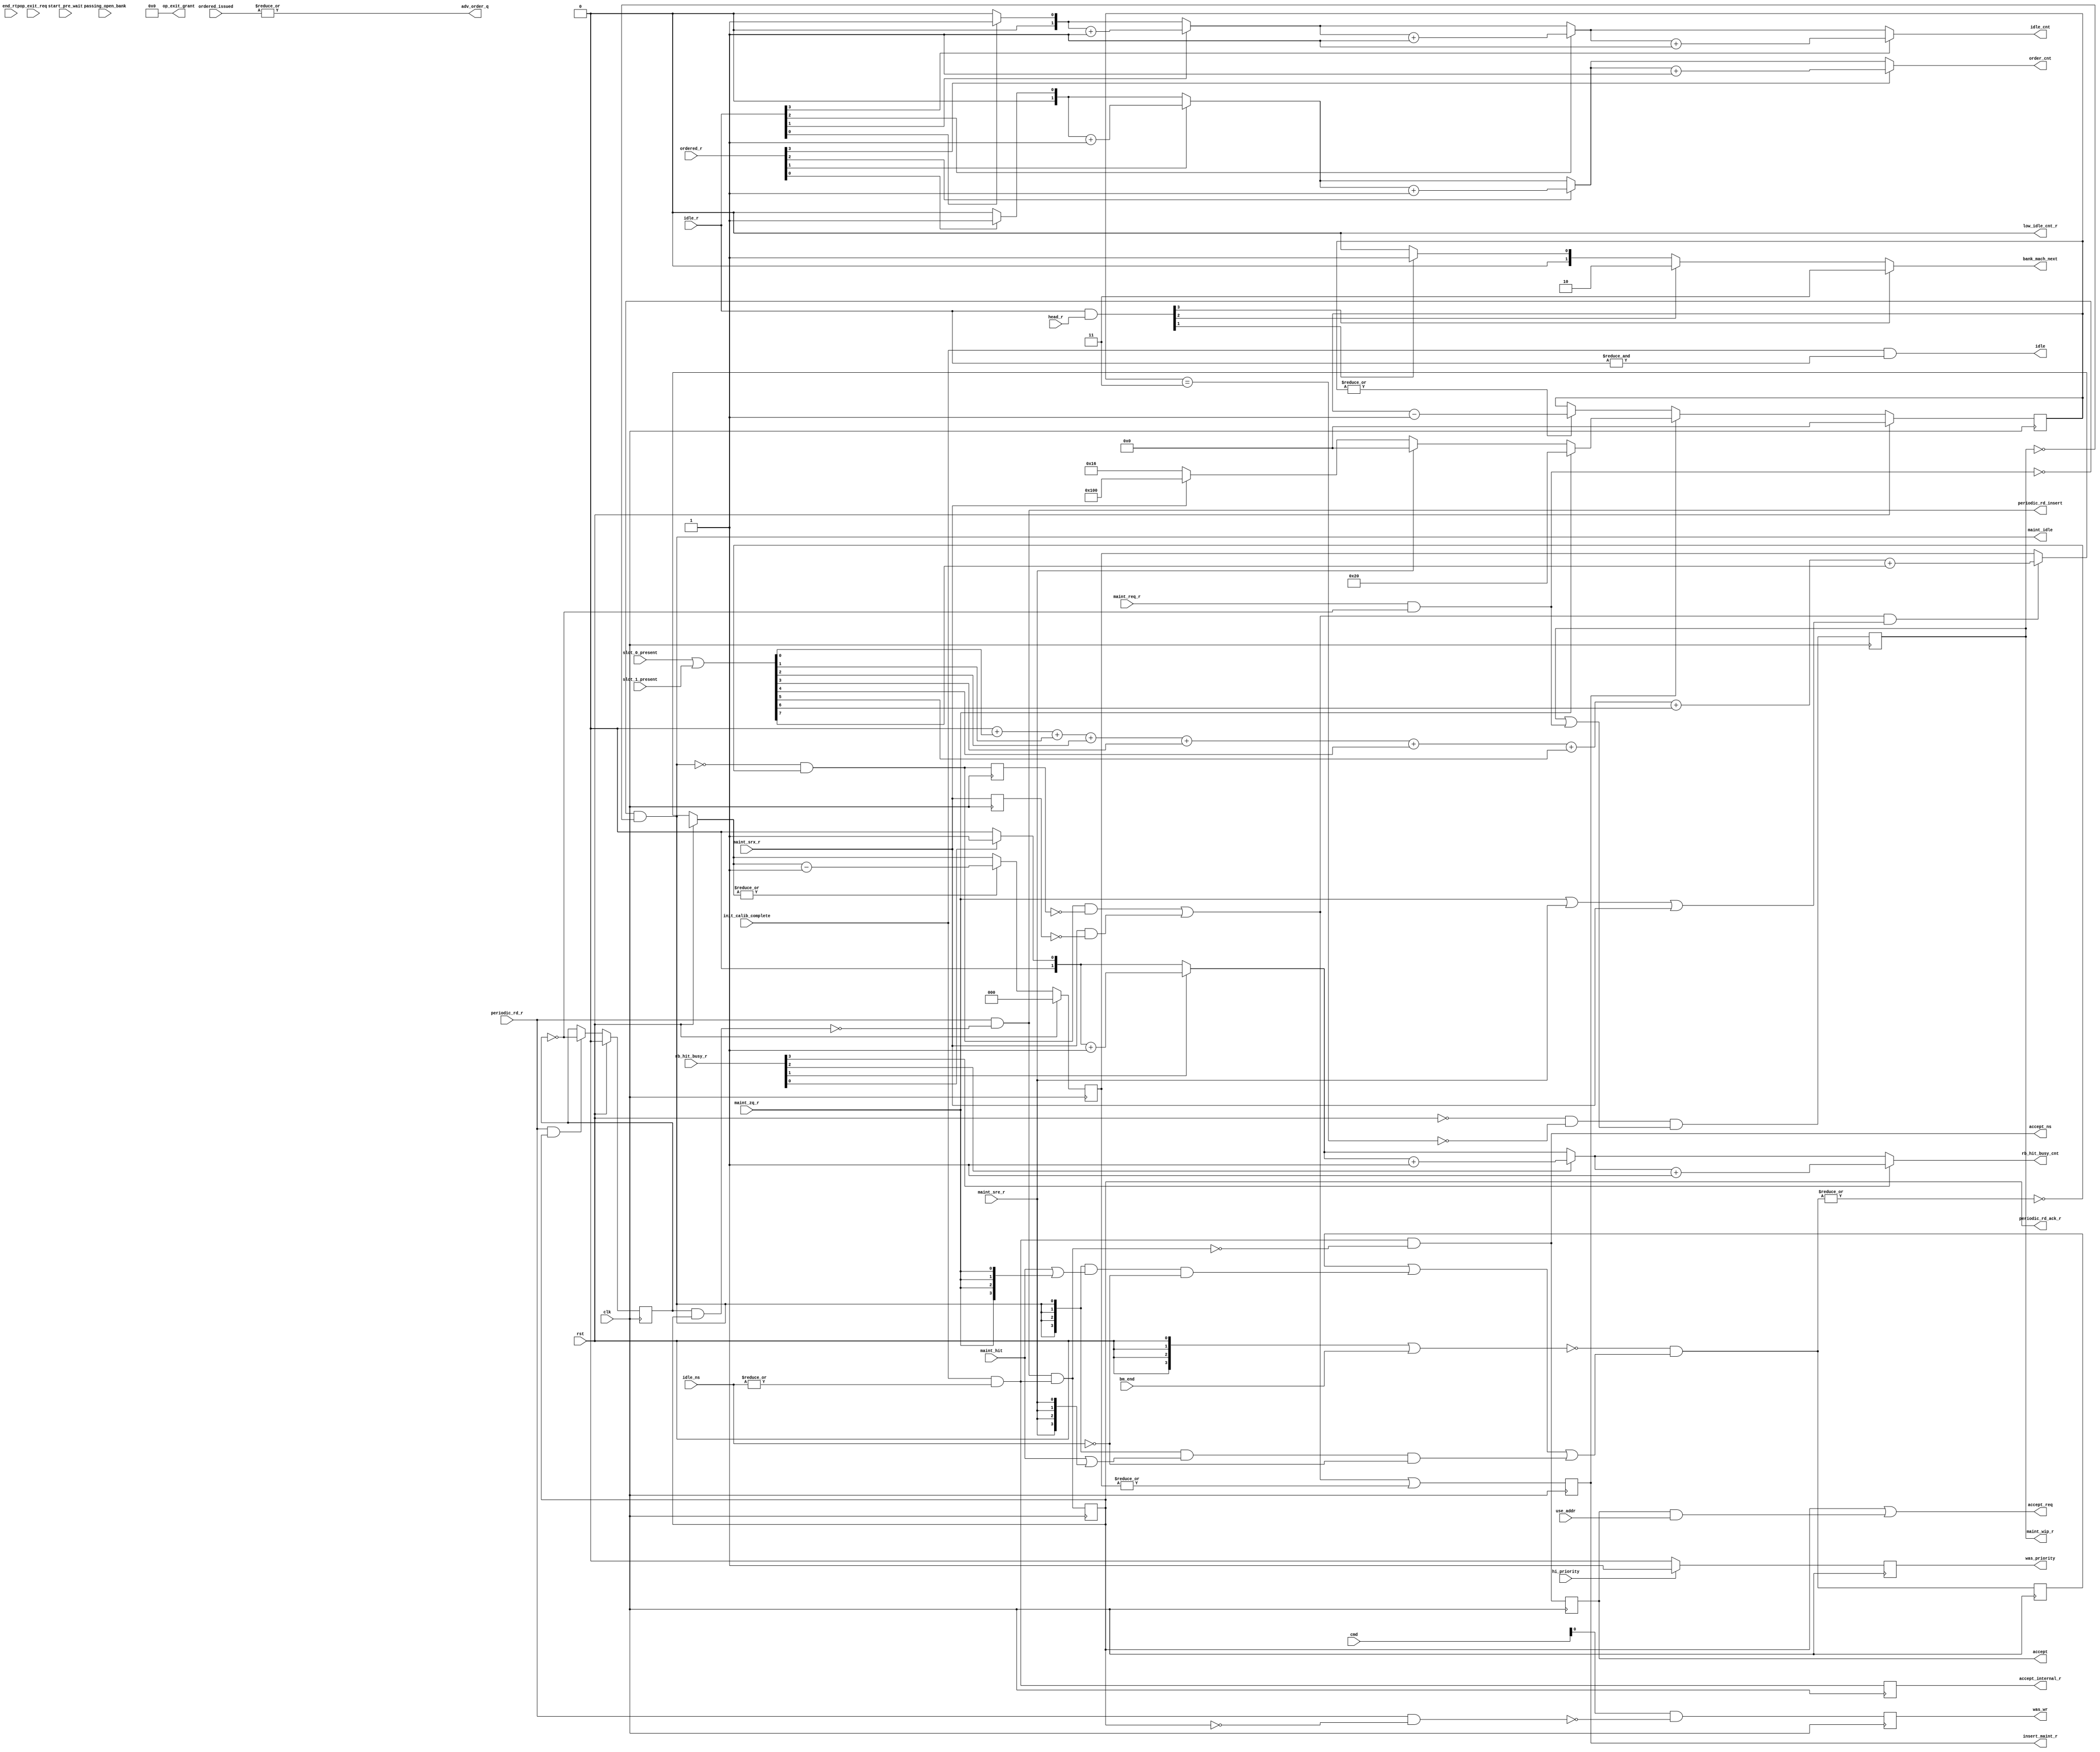
module mig_7series_v4_2_bank_common #
  (
   parameter TCQ = 100,
   parameter BM_CNT_WIDTH             = 2,
   parameter LOW_IDLE_CNT             = 1,
   parameter nBANK_MACHS              = 4,
   parameter nCK_PER_CLK              = 2,
   parameter nOP_WAIT                 = 0,
   parameter nRFC                     = 44,
   parameter nXSDLL                   = 512,
   parameter RANK_WIDTH               = 2,
   parameter RANKS                    = 4,
   parameter CWL                      = 5,
   parameter tZQCS                    = 64
  )
  (/*AUTOARG*/
  // Outputs
  accept_internal_r, accept_ns, accept, periodic_rd_insert,
  periodic_rd_ack_r, accept_req, rb_hit_busy_cnt, idle, idle_cnt, order_cnt,
  adv_order_q, bank_mach_next, op_exit_grant, low_idle_cnt_r, was_wr,
  was_priority, maint_wip_r, maint_idle, insert_maint_r,
  // Inputs
  clk, rst, idle_ns, init_calib_complete, periodic_rd_r, use_addr,
  rb_hit_busy_r, idle_r, ordered_r, ordered_issued, head_r, end_rtp,
  passing_open_bank, op_exit_req, start_pre_wait, cmd, hi_priority, maint_req_r,
  maint_zq_r, maint_sre_r, maint_srx_r, maint_hit, bm_end,
  slot_0_present, slot_1_present
  );

  function integer clogb2 (input integer size); // ceiling logb2
    begin
      size = size - 1;
      for (clogb2=1; size>1; clogb2=clogb2+1)
            size = size >> 1;
    end
  endfunction // clogb2

  localparam ZERO = 0;
  localparam ONE = 1;
  localparam [BM_CNT_WIDTH-1:0] BM_CNT_ZERO = ZERO[0+:BM_CNT_WIDTH];
  localparam [BM_CNT_WIDTH-1:0] BM_CNT_ONE = ONE[0+:BM_CNT_WIDTH];

  input clk;
  input rst;

  input [nBANK_MACHS-1:0] idle_ns;
  input init_calib_complete;
  wire accept_internal_ns = init_calib_complete && |idle_ns;
  output reg accept_internal_r;
  always @(posedge clk) accept_internal_r <= accept_internal_ns;
  wire periodic_rd_ack_ns;
  wire accept_ns_lcl = accept_internal_ns && ~periodic_rd_ack_ns;
  output wire accept_ns;
  assign accept_ns = accept_ns_lcl;
  reg accept_r;
  always @(posedge clk) accept_r <= #TCQ accept_ns_lcl;

// Wire to user interface informing user that the request has been accepted.
  output wire accept;
  assign accept = accept_r;

`ifdef MC_SVA
  property none_idle;
    @(posedge clk) (init_calib_complete && ~|idle_r);
  endproperty

  all_bank_machines_busy: cover property (none_idle);
`endif

// periodic_rd_insert tells everyone to mux in the periodic read.
  input periodic_rd_r;
  reg periodic_rd_ack_r_lcl;
  reg periodic_rd_cntr_r ;
  always @(posedge clk) begin
    if (rst) periodic_rd_cntr_r <= #TCQ 1'b0;
    else if (periodic_rd_r && periodic_rd_ack_r_lcl)
       periodic_rd_cntr_r <= #TCQ ~periodic_rd_cntr_r;
  end

  wire internal_periodic_rd_ack_r_lcl = (periodic_rd_cntr_r && periodic_rd_ack_r_lcl);

  // wire periodic_rd_insert_lcl = periodic_rd_r && ~periodic_rd_ack_r_lcl;
  wire periodic_rd_insert_lcl = periodic_rd_r && ~internal_periodic_rd_ack_r_lcl;
  output wire periodic_rd_insert;
  assign periodic_rd_insert = periodic_rd_insert_lcl;

// periodic_rd_ack_r acknowledges that the read has been accepted
// into the queue.
  assign periodic_rd_ack_ns = periodic_rd_insert_lcl && accept_internal_ns;
  always @(posedge clk) periodic_rd_ack_r_lcl <= #TCQ periodic_rd_ack_ns;
  output wire periodic_rd_ack_r;
  assign periodic_rd_ack_r = periodic_rd_ack_r_lcl;

// accept_req tells all q entries that a request has been accepted.
  input use_addr;
  wire accept_req_lcl = periodic_rd_ack_r_lcl || (accept_r && use_addr);
  output wire accept_req;
  assign accept_req = accept_req_lcl;

// Count how many non idle bank machines hit on the rank and bank.
  input [nBANK_MACHS-1:0] rb_hit_busy_r;
  output reg [BM_CNT_WIDTH-1:0] rb_hit_busy_cnt;
  integer i;
  always @(/*AS*/rb_hit_busy_r) begin
    rb_hit_busy_cnt = BM_CNT_ZERO;
    for (i = 0; i < nBANK_MACHS; i = i + 1)
      if (rb_hit_busy_r[i]) rb_hit_busy_cnt = rb_hit_busy_cnt + BM_CNT_ONE;
  end

// Count the number of idle bank machines.
  input [nBANK_MACHS-1:0] idle_r;
  output reg [BM_CNT_WIDTH-1:0] idle_cnt;
  always @(/*AS*/idle_r) begin
    idle_cnt = BM_CNT_ZERO;
    for (i = 0; i < nBANK_MACHS; i = i + 1)
      if (idle_r[i]) idle_cnt = idle_cnt + BM_CNT_ONE;
  end

// Report an overall idle status
  output idle;
  assign idle = init_calib_complete && &idle_r;
  
// Count the number of bank machines in the ordering queue.
  input [nBANK_MACHS-1:0] ordered_r;
  output reg [BM_CNT_WIDTH-1:0] order_cnt;
  always @(/*AS*/ordered_r) begin
    order_cnt = BM_CNT_ZERO;
    for (i = 0; i < nBANK_MACHS; i = i + 1)
      if (ordered_r[i]) order_cnt = order_cnt + BM_CNT_ONE;
  end

  input [nBANK_MACHS-1:0] ordered_issued;
  output wire adv_order_q;
  assign adv_order_q = |ordered_issued;

// Figure out which bank machine is going to accept the next request.
  input [nBANK_MACHS-1:0] head_r;
  wire [nBANK_MACHS-1:0] next = idle_r & head_r;
  output reg[BM_CNT_WIDTH-1:0] bank_mach_next;
  always @(/*AS*/next) begin
     bank_mach_next = BM_CNT_ZERO;
    for (i = 0; i <= nBANK_MACHS-1; i = i + 1)
      if (next[i]) bank_mach_next = i[BM_CNT_WIDTH-1:0];
  end

  input [nBANK_MACHS-1:0] end_rtp;
  input [nBANK_MACHS-1:0] passing_open_bank;
  input [nBANK_MACHS-1:0] op_exit_req;
  output wire [nBANK_MACHS-1:0] op_exit_grant;
  output reg low_idle_cnt_r = 1'b0;
  input [nBANK_MACHS-1:0] start_pre_wait;

  generate
// In support of open page mode, the following logic
// keeps track of how many "idle" bank machines there
// are.  In this case, idle means a bank machine is on
// the idle list, or is in the process of precharging and
// will soon be idle.
    if (nOP_WAIT == 0) begin : op_mode_disabled
      assign op_exit_grant = {nBANK_MACHS{1'b0}};
    end

    else begin : op_mode_enabled
      reg [BM_CNT_WIDTH:0] idle_cnt_r;
      reg [BM_CNT_WIDTH:0] idle_cnt_ns;
      always @(/*AS*/accept_req_lcl or idle_cnt_r or passing_open_bank
               or rst or start_pre_wait)
        if (rst) idle_cnt_ns = nBANK_MACHS;
        else begin
          idle_cnt_ns = idle_cnt_r - accept_req_lcl;
          for (i = 0; i <= nBANK_MACHS-1; i = i + 1) begin
            idle_cnt_ns = idle_cnt_ns + passing_open_bank[i];
          end
          idle_cnt_ns = idle_cnt_ns + |start_pre_wait;
        end
      always @(posedge clk) idle_cnt_r <= #TCQ idle_cnt_ns;
      wire low_idle_cnt_ns = (idle_cnt_ns <= LOW_IDLE_CNT[0+:BM_CNT_WIDTH]);
      always @(posedge clk) low_idle_cnt_r <= #TCQ low_idle_cnt_ns;

// This arbiter determines which bank machine should transition
// from open page wait to precharge.  Ideally, this process
// would take the oldest waiter, but don't have any reasonable
// way to implement that.  Instead, just use simple round robin
// arb with the small enhancement that the most recent bank machine
// to enter open page wait is given lowest priority in the arbiter.

  wire upd_last_master = |end_rtp;  // should be one bit set at most
  mig_7series_v4_2_round_robin_arb #
    (.WIDTH                             (nBANK_MACHS))
    op_arb0
    (.grant_ns                          (op_exit_grant[nBANK_MACHS-1:0]),
     .grant_r                           (),
     .upd_last_master                   (upd_last_master),
     .current_master                    (end_rtp[nBANK_MACHS-1:0]),
     .clk                               (clk),
     .rst                               (rst),
     .req                               (op_exit_req[nBANK_MACHS-1:0]),
     .disable_grant                     (1'b0));

    end
  endgenerate

// Register some command information.  This information will be used
// by the bank machines to figure out if there is something behind it
// in the queue that require hi priority.

  input [2:0] cmd;
  output reg was_wr;
  always @(posedge clk) was_wr <= #TCQ
             cmd[0] && ~(periodic_rd_r && ~periodic_rd_ack_r_lcl);

  input hi_priority;
  output reg was_priority;
  always @(posedge clk) begin
     if (hi_priority)
        was_priority <= #TCQ 1'b1;
     else
        was_priority <= #TCQ 1'b0;
  end


// DRAM maintenance (refresh and ZQ) and self-refresh controller

  input maint_req_r;
  reg maint_wip_r_lcl;
  output wire maint_wip_r;
  assign maint_wip_r = maint_wip_r_lcl;
  wire maint_idle_lcl;
  output wire maint_idle;
  assign maint_idle = maint_idle_lcl;
  input maint_zq_r;
  input maint_sre_r;
  input maint_srx_r;
  input [nBANK_MACHS-1:0] maint_hit;
  input [nBANK_MACHS-1:0] bm_end;
  wire start_maint;
  wire maint_end;

  generate begin : maint_controller

// Idle when not (maintenance work in progress (wip), OR maintenance
// starting tick).
      assign maint_idle_lcl = ~(maint_req_r && ~periodic_rd_cntr_r) && ~maint_wip_r_lcl;

// Maintenance work in progress starts with maint_reg_r tick, terminated
// with maint_end tick.  maint_end tick is generated by the RFC/ZQ/XSDLL timer
// below.
      wire maint_wip_ns =
            ~rst && ~maint_end && (maint_wip_r_lcl || (maint_req_r && ~periodic_rd_cntr_r));
      always @(posedge clk) maint_wip_r_lcl <= #TCQ maint_wip_ns;

// Keep track of which bank machines hit on the maintenance request
// when the request is made.  As bank machines complete, an assertion
// of the bm_end signal clears the correspoding bit in the
// maint_hit_busies_r vector.   Eventually, all bits should clear and
// the maintenance operation will proceed.  ZQ and self-refresh hit on all
// non idle banks.  Refresh hits only on non idle banks with the same rank as
// the refresh request.
      wire [nBANK_MACHS-1:0] clear_vector = {nBANK_MACHS{rst}} | bm_end;
      wire [nBANK_MACHS-1:0] maint_zq_hits = {nBANK_MACHS{maint_idle_lcl}} &
                            (maint_hit | {nBANK_MACHS{maint_zq_r}}) & ~idle_ns;
      wire [nBANK_MACHS-1:0] maint_sre_hits = {nBANK_MACHS{maint_idle_lcl}} &
                            (maint_hit | {nBANK_MACHS{maint_sre_r}}) & ~idle_ns;
      reg [nBANK_MACHS-1:0] maint_hit_busies_r;
      wire [nBANK_MACHS-1:0] maint_hit_busies_ns =
                       ~clear_vector & (maint_hit_busies_r | maint_zq_hits | maint_sre_hits);
      always @(posedge clk) maint_hit_busies_r <= #TCQ maint_hit_busies_ns;

// Queue is clear of requests conflicting with maintenance.
      wire maint_clear = ~maint_idle_lcl && ~|maint_hit_busies_ns;

// Ready to start sending maintenance commands.
    wire maint_rdy = maint_clear;
    reg maint_rdy_r1;
    reg maint_srx_r1;
    always @(posedge clk) maint_rdy_r1 <= #TCQ maint_rdy;
    always @(posedge clk) maint_srx_r1 <= #TCQ maint_srx_r;
    assign start_maint = maint_rdy && ~maint_rdy_r1 || maint_srx_r && ~maint_srx_r1;

    end // block: maint_controller
  endgenerate


// Figure out how many maintenance commands to send, and send them.
  input [7:0] slot_0_present;
  input [7:0] slot_1_present;
  reg insert_maint_r_lcl;
  output wire insert_maint_r;
  assign insert_maint_r = insert_maint_r_lcl;

  generate begin : generate_maint_cmds

// Count up how many slots are occupied.  This tells
// us how many ZQ, SRE or SRX commands to send out.
      reg [RANK_WIDTH:0] present_count;
      wire [7:0] present = slot_0_present | slot_1_present;
      always @(/*AS*/present) begin
        present_count = {RANK_WIDTH{1'b0}};
        for (i=0; i<8; i=i+1)
          present_count = present_count + {{RANK_WIDTH{1'b0}}, present[i]};
      end

// For refresh, there is only a single command sent.  For
// ZQ, SRE and SRX, each rank present will receive a command.  The counter
// below counts down the number of ranks present.
      reg [RANK_WIDTH:0] send_cnt_ns;
      reg [RANK_WIDTH:0] send_cnt_r;
      always @(/*AS*/maint_zq_r or maint_sre_r or maint_srx_r or present_count
          or rst or send_cnt_r or start_maint)
        if (rst) send_cnt_ns = 4'b0;
        else begin
          send_cnt_ns = send_cnt_r;
          if (start_maint && (maint_zq_r || maint_sre_r || maint_srx_r)) send_cnt_ns = present_count;
          if (|send_cnt_ns)
            send_cnt_ns = send_cnt_ns - ONE[RANK_WIDTH-1:0];
        end
      always @(posedge clk) send_cnt_r <= #TCQ send_cnt_ns;

// Insert a maintenance command for start_maint, or when the sent count
// is not zero.
      wire insert_maint_ns = start_maint || |send_cnt_r;

      always @(posedge clk) insert_maint_r_lcl <= #TCQ insert_maint_ns;
    end // block: generate_maint_cmds
  endgenerate


// RFC ZQ XSDLL timer.  Generates delay from refresh, self-refresh exit or ZQ
// command until the end of the maintenance operation.

// Compute values for RFC, ZQ and XSDLL periods.
  localparam nRFC_CLKS =  (nCK_PER_CLK == 1) ?
                            nRFC :
                          (nCK_PER_CLK == 2) ?
                            ((nRFC/2) + (nRFC%2)) :
                      //  (nCK_PER_CLK == 4)
                            ((nRFC/4) + ((nRFC%4) ? 1 : 0));

  localparam nZQCS_CLKS = (nCK_PER_CLK == 1) ?
                            tZQCS :
                          (nCK_PER_CLK == 2) ?
                            ((tZQCS/2) + (tZQCS%2)) :
                      //  (nCK_PER_CLK == 4)
                            ((tZQCS/4) + ((tZQCS%4) ? 1 : 0));
                            
  localparam nXSDLL_CLKS =  (nCK_PER_CLK == 1) ?
                              nXSDLL :
                            (nCK_PER_CLK == 2) ?
                              ((nXSDLL/2) + (nXSDLL%2)) :
                        //  (nCK_PER_CLK == 4)
                              ((nXSDLL/4) + ((nXSDLL%4) ? 1 : 0));

  localparam RFC_ZQ_TIMER_WIDTH = clogb2(nXSDLL_CLKS + 1);

  localparam THREE = 3;

  generate begin : rfc_zq_xsdll_timer

      reg [RFC_ZQ_TIMER_WIDTH-1:0] rfc_zq_xsdll_timer_ns;
      reg [RFC_ZQ_TIMER_WIDTH-1:0] rfc_zq_xsdll_timer_r;

      always @(/*AS*/insert_maint_r_lcl or maint_zq_r or maint_sre_r or maint_srx_r
               or rfc_zq_xsdll_timer_r or rst) begin
        rfc_zq_xsdll_timer_ns = rfc_zq_xsdll_timer_r;
        if (rst) rfc_zq_xsdll_timer_ns = {RFC_ZQ_TIMER_WIDTH{1'b0}};
        else if (insert_maint_r_lcl) rfc_zq_xsdll_timer_ns =  maint_zq_r ?
                                                                nZQCS_CLKS :
                                                              maint_sre_r ?
                                                                {RFC_ZQ_TIMER_WIDTH{1'b0}} :
                                                              maint_srx_r ?
                                                                nXSDLL_CLKS :
                                                                nRFC_CLKS;
        else if (|rfc_zq_xsdll_timer_r) rfc_zq_xsdll_timer_ns =
                                  rfc_zq_xsdll_timer_r - ONE[RFC_ZQ_TIMER_WIDTH-1:0];
      end
      always @(posedge clk) rfc_zq_xsdll_timer_r <= #TCQ rfc_zq_xsdll_timer_ns;

// Based on rfc_zq_xsdll_timer_r, figure out when to release any bank
// machines waiting to send an activate.  Need to add two to the end count.
// One because the counter starts a state after the insert_refresh_r, and
// one more because bm_end to insert_refresh_r is one state shorter
// than bm_end to rts_row.
      assign maint_end = (rfc_zq_xsdll_timer_r == THREE[RFC_ZQ_TIMER_WIDTH-1:0]);
    end // block: rfc_zq_xsdll_timer
  endgenerate


endmodule